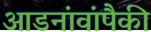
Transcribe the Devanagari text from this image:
आडनांवांपैकी